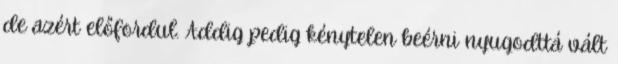
de azért előfordul. Addig pedig kénytelen beérni nyugodttá vált